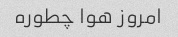
امروز هوا چطوره